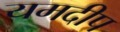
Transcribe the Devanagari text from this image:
यमदीप